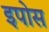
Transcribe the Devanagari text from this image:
इपोस